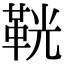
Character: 𩊠